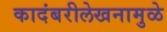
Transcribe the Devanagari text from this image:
कादंबरीलेखनामुळे